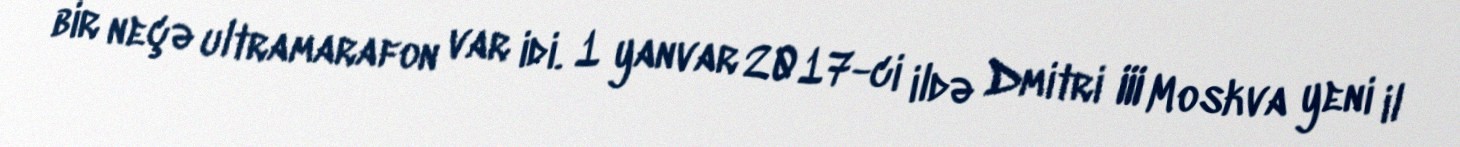
bir neçə ultramarafon var idi. 1 yanvar 2017-ci ildə Dmitri III Moskva yeni il